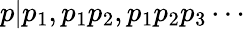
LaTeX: p|p_{1},p_{1}p_{2},p_{1}p_{2}p_{3}\cdots